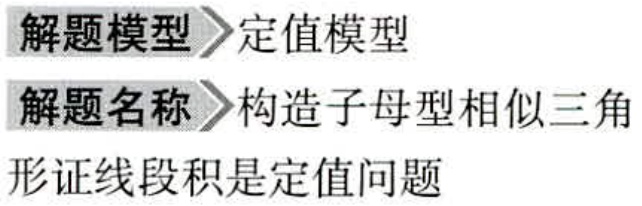
\begin{document}
解题模型 \textgreater 定值模型
解题名称 \textgreater 构造子母型相似三角
形证线段积是定值问题
\end{document}